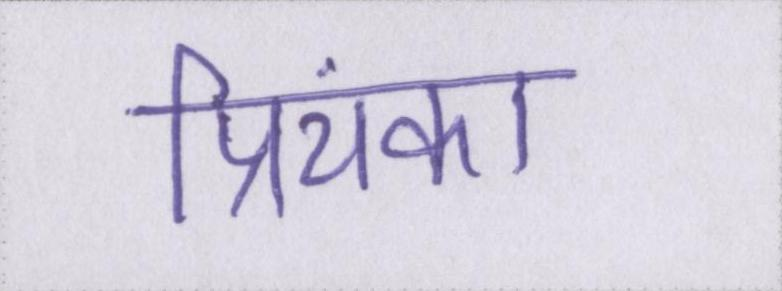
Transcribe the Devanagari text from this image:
प्रियंका